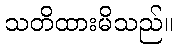
သတိထားမိသည်။